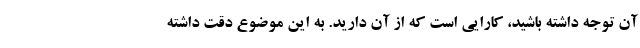
آن توجه داشته باشید، کارایی است که از آن دارید. به این موضوع دقت داشته